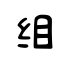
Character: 缃